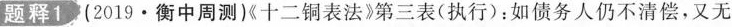
题释1 (2019·衡中周测)《十二铜表法》第三表(执行)：如债务人仍不清偿，又无